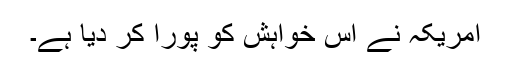
امریکہ نے اس خواہش کو پورا کر دیا ہے۔